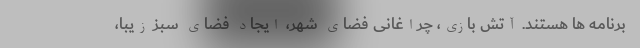
برنامه ها هستند. آتش بازی، چراغانی فضای شهر، ایجاد فضای سبز زیبا،